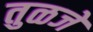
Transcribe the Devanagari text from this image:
तुळजे